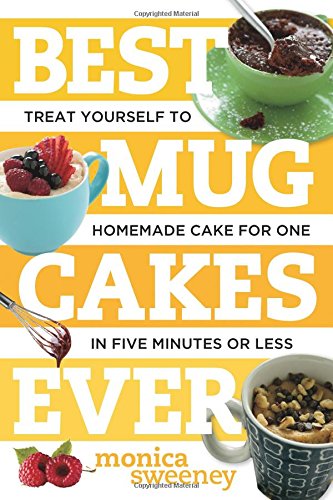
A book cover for Best Mug Cakes Ever: Treat Yourself to Homemade Cake for One In Five Minutes or Less (Best Ever); Monica Sweeney; Cookbooks, Food & Wine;